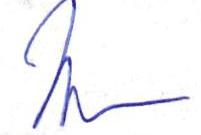
J K